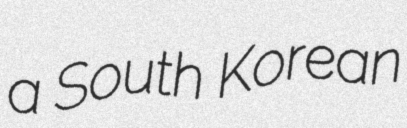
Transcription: a South Korean